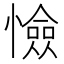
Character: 憸